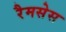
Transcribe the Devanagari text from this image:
रैमसेस